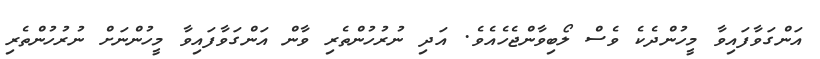
އަންގަވާފައިވާ މީހުންދެކެ ވެސް ލޯބިވާންޖެހެއެވެ. އަދި ނުރުހުންތެރި ވާން އަންގަވާފައިވާ މީހުންނަށް ނުރުހުންތެރި